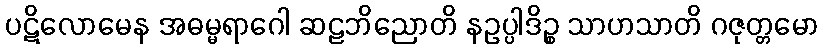
ပဋိလောမေန အဓမ္မရာဂေါ ဆဠဘိညောတိ နဥပ္ပါဒိဉ္စ သာဟသာတိ ဂဇုတ္တမော